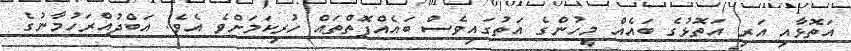
އަތޮޅާއި އަރި އަތޮޅުގެ ބައެއް މީހުންގެ އަތުގައިވެސް ބައެއްފޮތްތައް ހުރިކަމަށްވެ އެވެ. އަބްދުއްރަހުމާނުގެ